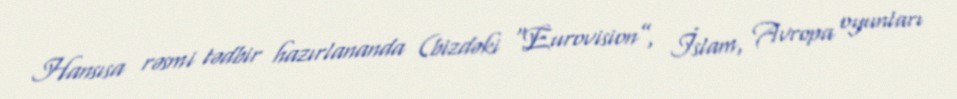
Hansısa rəsmi tədbir hazırlananda (bizdəki “Eurovision”, İslam, Avropa oyunları